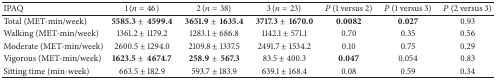
<table><thead><tr><td><b>IPAQ</b></td><td><b>1 (<i>n</i> = 46)</b></td><td><b>2 (<i>n</i> = 38)</b></td><td><b>3 (<i>n</i> = 23)</b></td><td><b><i>P</i> (1 versus 2)</b></td><td><b><i>P</i> (1 versus 3)</b></td><td><b><i>P</i> (2 versus 3)</b></td></tr></thead><tbody><tr><td>Total (MET-min/week)</td><td><b>5585.3±4599.4</b></td><td><b>3651.9±1635.4</b></td><td><b>3717.3±1670.0</b></td><td><b>0.0082</b></td><td><b>0.027</b></td><td>0.93</td></tr><tr><td>Walking (MET-min/week) </td><td>1361.2 ± 1179.2</td><td>1283.1 ± 686.8</td><td>1142.1 ± 571.1</td><td>0.70</td><td>0.35</td><td>0.56</td></tr><tr><td>Moderate (MET-min/week)</td><td>2600.5 ± 1294.0</td><td>2109.8 ± 1337.5</td><td>2491.7 ± 1534.2</td><td>0.10</td><td>0.75</td><td>0.29</td></tr><tr><td>Vigorous (MET-min/week)</td><td><b>1623.5±4674.7</b></td><td><b>258.9±567.3</b></td><td>83.5 ± 400.3</td><td><b>0.047</b></td><td>0.054</td><td>0.83</td></tr><tr><td>Sitting time (min-week)</td><td>663.5 ± 182.9</td><td>593.7 ± 183.9</td><td>639.1 ± 168.4</td><td>0.08</td><td>0.59</td><td>0.34</td></tr></tbody></table>